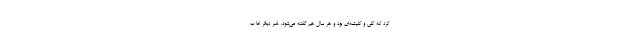
کرد که کلی و کلیشه‌ای بود و هر سال هم گفته می‌شود. خبر دیگر اما ب